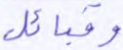
وقبائل